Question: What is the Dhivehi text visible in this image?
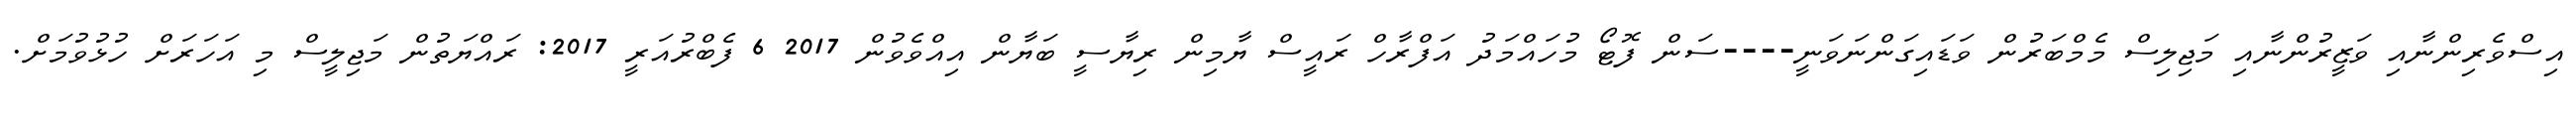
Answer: އިސްވެރިންނާއި ވަޒީރުންނާއި މަޖިލިސް މެމްބަރުން ވަޑައިގަންނަވަނީ----ސަން ފޮޓޯ މުހައްމަދު އަފްރާހް ރައީސް ޔާމިން ރިޔާސީ ބަޔާން އިއްވެވުން 2017 6 ފެބްރުއަރީ 2017: ރައްޔަތުން މަޖިލީސް މި އަހަރަށް ހުޅުވުމަށް.